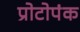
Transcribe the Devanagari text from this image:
प्रोटोपंक